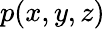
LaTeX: \textit{p}(\textit{x},\textit{y},\textit{z})